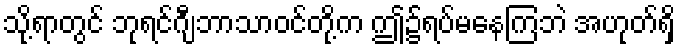
သို့ရာတွင် ဘုရင်ဂျီဘာသာဝင်တို့က ဤ၌ရပ်မနေကြဘဲ အဟုတ်ရှိ